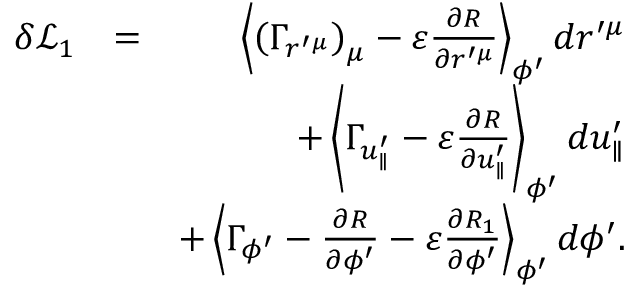
\begin{array} { r l r } { \delta \mathcal { L } _ { 1 } } & { = } & { \left\langle \left( \Gamma _ { r ^ { \prime \mu } } \right) _ { \mu } - \varepsilon \frac { \partial R } { \partial r ^ { \prime \mu } } \right\rangle _ { \phi ^ { \prime } } d r ^ { \prime \mu } } \\ & { } & { + \left\langle \Gamma _ { u _ { \parallel } ^ { \prime } } - \varepsilon \frac { \partial R } { \partial u _ { \parallel } ^ { \prime } } \right\rangle _ { \phi ^ { \prime } } d u _ { \parallel } ^ { \prime } } \\ & { } & { + \left\langle \Gamma _ { \phi ^ { \prime } } - \frac { \partial R } { \partial \phi ^ { \prime } } - \varepsilon \frac { \partial R _ { 1 } } { \partial \phi ^ { \prime } } \right\rangle _ { \phi ^ { \prime } } d \phi ^ { \prime } . } \end{array}